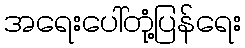
အရေးပေါ်တုံ့ပြန်ရေး